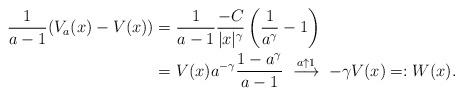
LaTeX: \begin{align*} \frac{1}{a-1}(V_a(x)-V(x)) & = \frac{1}{a-1} \frac{-C}{|x|^\gamma} \left(\frac{1}{a^\gamma}-1\right) \\ & = V(x) a^{-\gamma} \frac{1-a^\gamma}{a-1} \; \stackrel {a \uparrow 1} \longrightarrow \; -\gamma V(x) =: W(x).\end{align*}